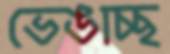
ভেঙাচ্ছ